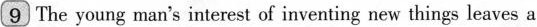
9 The young man's interest of inventing new things leaves a